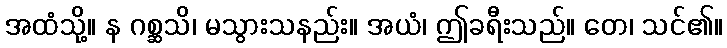
အထံသို့။ န ဂစ္ဆသိ၊ မသွားသနည်း။ အယံ၊ ဤခရီးသည်။ တေ၊ သင်၏။